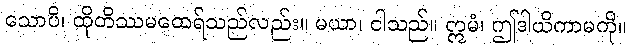
သောပိ၊ ထိုတိဿမထေရ်သည်လည်း။ မယာ၊ ငါသည်။ ဣမံ၊ ဤဒါယိကာမကို။